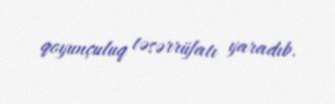
qoyunçuluq təsərrüfatı yaradıb.